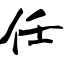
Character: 任